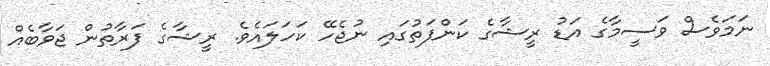
ނަމަވެސް ވަސީމާގެ އަޑު ރީޝާގެ ކަންފަތުގައި ނުޖެހޭ ކަހަލައެވެ. ރީޝާގެ ފަރާތުން ޖަވާބެއް